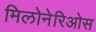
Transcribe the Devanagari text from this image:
मिलोनेरिओस